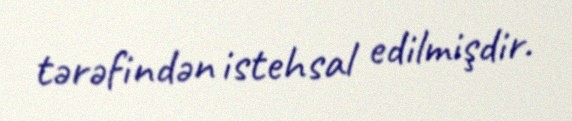
tərəfindən istehsal edilmişdir.